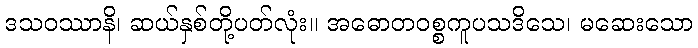
ဒသဝဿာနိ၊ ဆယ်နှစ်တို့ပတ်လုံး။ အဓောတဝစ္စကူပသဒိသေ၊ မဆေးသော